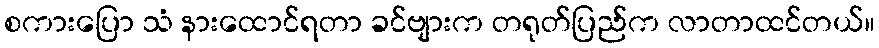
စကားပြော သံ နားထောင်ရတာ ခင်ဗျားက တရုတ်ပြည်က လာတာထင်တယ်။